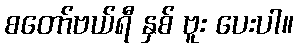
စတော်ဗယ်ရီ နှစ် ဗူး ပေးပါ။